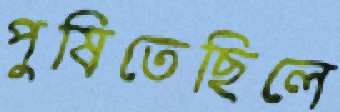
পুষিতেছিলে